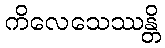
ကိလေသေဿန္တိ